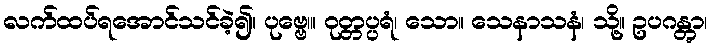
လက်ထပ်ရအောင်သင်ခဲ့၍။ ပုဗ္ဗေ၊။ ဝုတ္တပ္ပရံ၊ သော။ သေနာသနံ၊ သို့။ ဥပဂန္တွာ၊